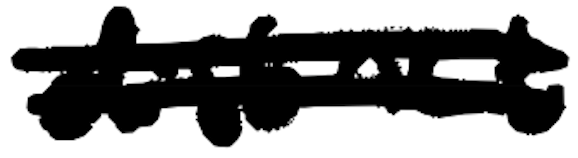
Text: distinct
Cross-out: double-line
Writing tool: digital_black